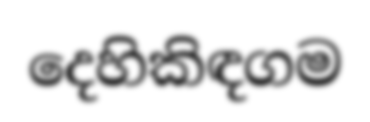
දෙහිකිඳගම